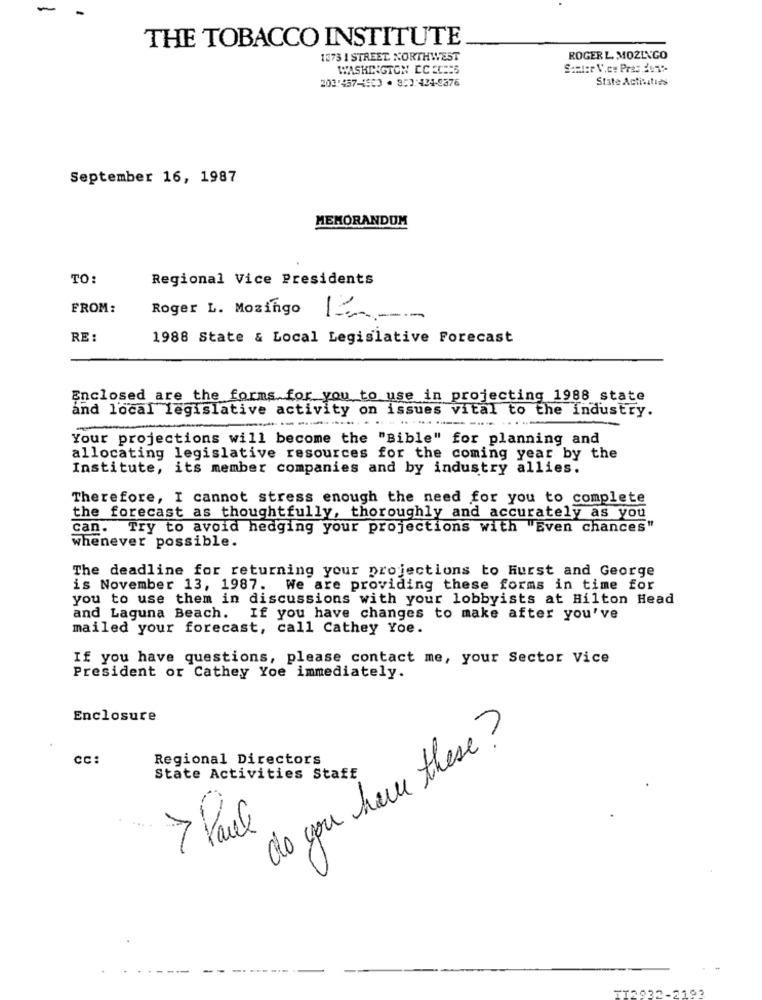
THE TOBACCO INSTITUTE
1373 1 STREET. NORTHWEST
ROGER L. MOZINGO
WASHINGTON CCEC == 5
Samter Vice President-
203'4574503 · 353:424-9376
State Activities
September 16, 1987
MEMORANDUM
TO:
Regional Vice Presidents
FROM:
Roger L. Mozingo
RE :
1988 State & Local Legislative Forecast
Enclosed are the forms for you to use in projecting 1988 state
and local legislative activity on issues vital to the industry.
Your projections will become the "Bible" for planning and
allocating legislative resources for the coming year by the
Institute, its member companies and by industry allies.
Therefore, I cannot stress enough the need for you to complete
the forecast as thoughtfully, thoroughly and accurately as you
can. Try to avoid hedging your projections with Even chances"
whenever possible.
The deadline for returning your projections to Hurst and George
is November 13, 1987. We are providing these forms in time for
you to use them in discussions with your lobbyists at Hilton Head
and Laguna Beach.
If you have changes to make after you've
mailed your forecast, call Cathey Yoe.
If you have questions, please contact me, your Sector Vice
President or Cathey Yoe immediately.
Enclosure
do you have these ?
CC:
Regional Directors
State Activities Staff
> Paul
- ---------
772032-2193